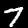
Label: 7